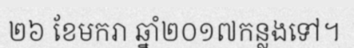
២៦ ខែមករា ឆ្នាំ២០១៧កន្លងទៅ។